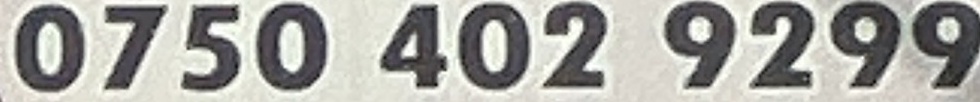
0750 402 9299